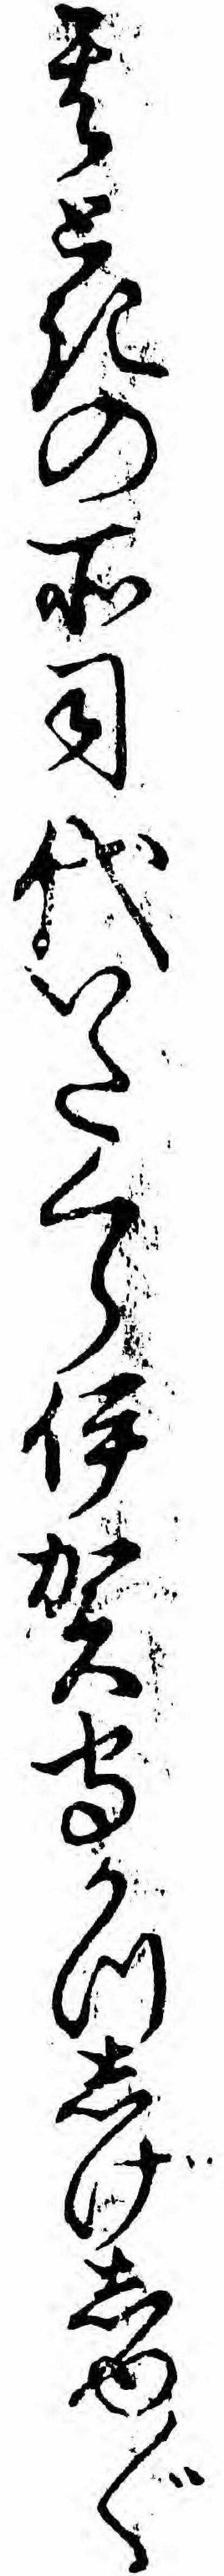
其ときの所司代いたくら伊賀守かつしげしゆ〲